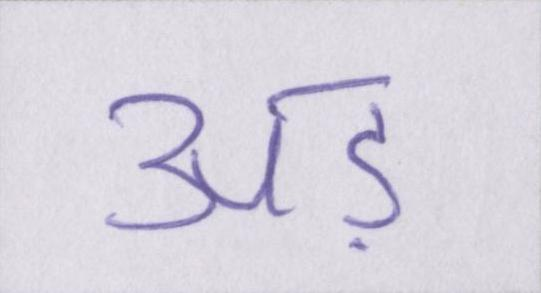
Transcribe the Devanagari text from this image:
अड़